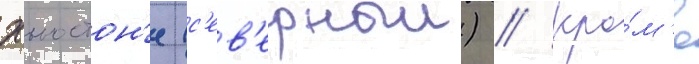
хьюстон'е (с'ев'ерныи) // Кро́м'е